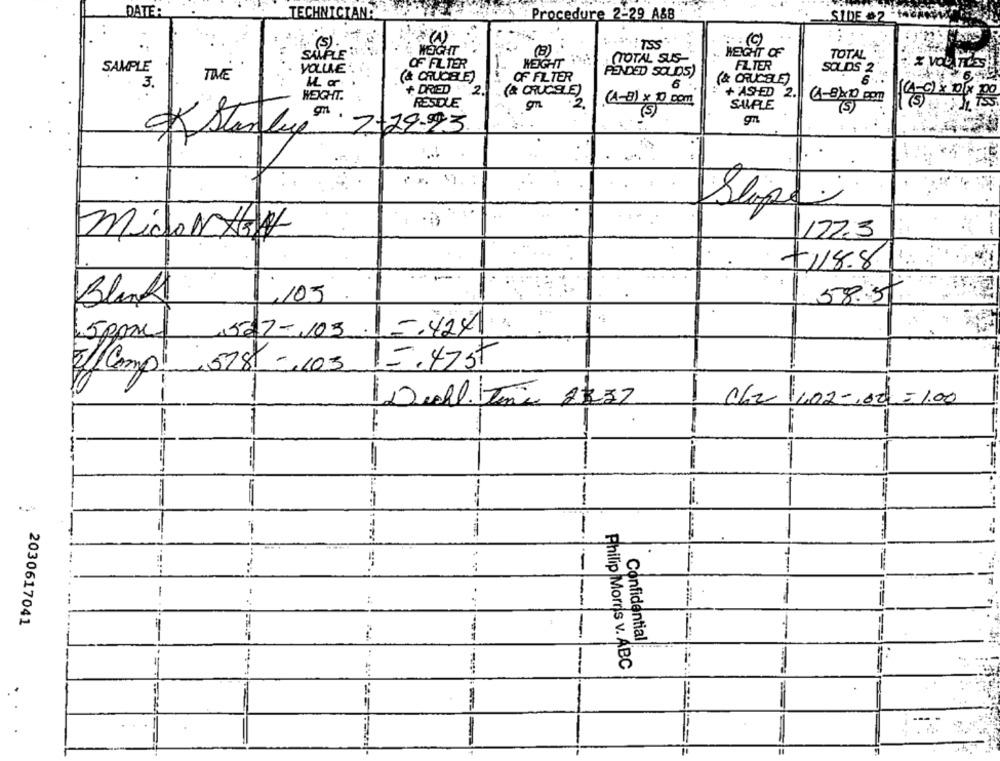
DATE:
TECHNICIANA
Procedure 2-29 A&B
(5)
WIR **: TSS
SAMPLE
WEIGHT
HEIGHT OF
TOTAL SUS-
TOTAL
VOLUME
OF FILTER
WEIGHT
FILTER
SOLIDS 2
SAMPLE
TIME
(& CHUCHUE)
OF FILTER
PENDED SOLDS)
3.
6
(& CRUCELE)
+ DRIED
.2
(& CRUCSLE)
HEIGHT.
+ ASHED 2.
RESDLE
2.
(4-8) x 10 com
SAMPLE
1-8410 por
(5)
2+29.93
ok starling
Slipei
midoNAV
1122.3
+118.8
Blank
1.105
58.5
5 ppm
527-103
-. 424
15.47st
Comp: 578 - 103
1 062 402-00 =1.00
1-
1
-
.
---
2030617041
1
Confidential
5
Philip Morris v. ABC
---
-----